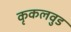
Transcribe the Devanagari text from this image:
कृकलवुड